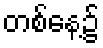
တစ်နေ့၌